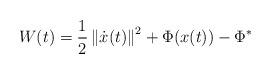
LaTeX: \begin{align*}W(t)=\frac{1}{2}\left\Vert \dot{x}(t)\right\Vert ^{2}+\Phi(x(t))-\Phi^{\ast}\end{align*}